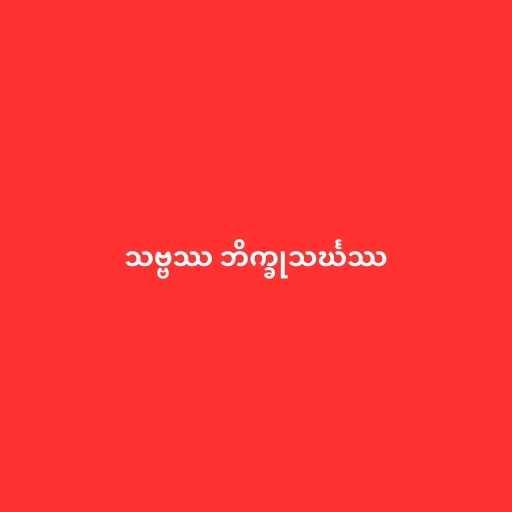
သဗ္ဗဿ ဘိက္ခုသင်္ဃဿ